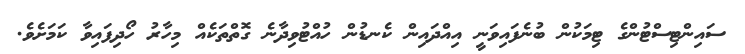
ސައިންޓިސްޓުންގެ ޓިމަކުން ބުނެފައިވަނީ އިއްދައިން ކެނޑުން ހުއްޓުވިދާނެ ގޮތްތަކެއް މިހާރު ހޯދިފައިވާ ކަމަށެވެ.